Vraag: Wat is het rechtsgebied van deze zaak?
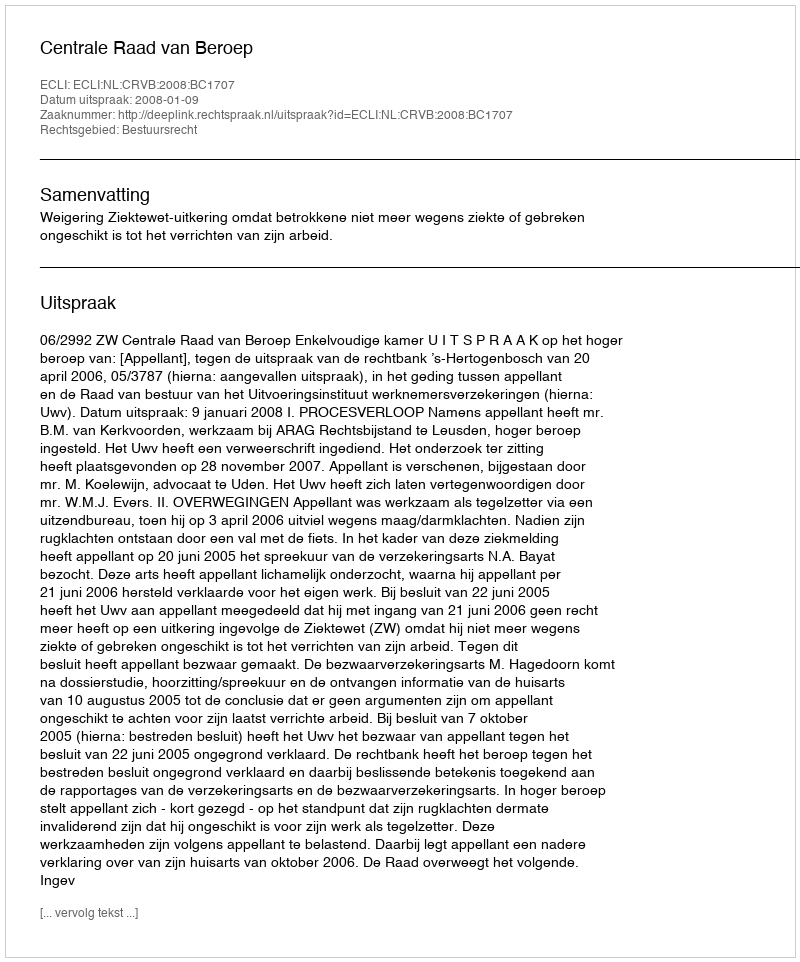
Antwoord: Bestuursrecht